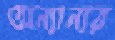
অন্যান্যর